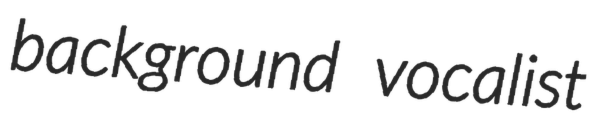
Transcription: background vocalist